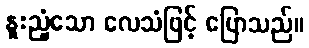
နူးညံ့သော လေသံဖြင့် ပြောသည်။